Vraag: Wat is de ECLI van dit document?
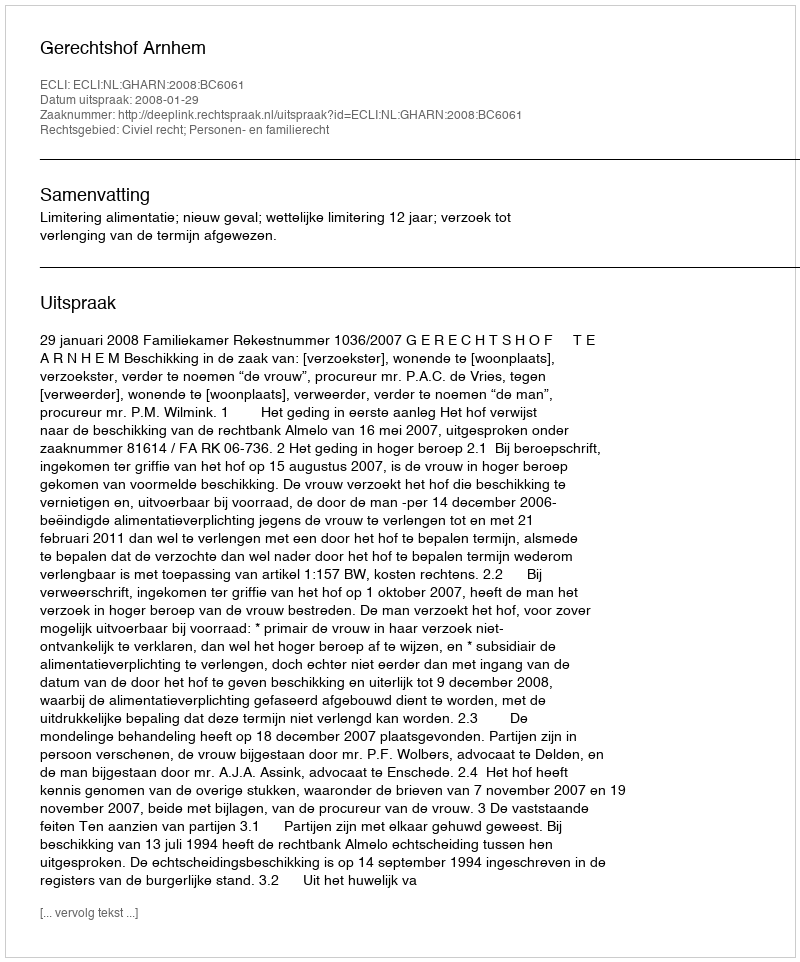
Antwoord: ECLI:NL:GHARN:2008:BC6061